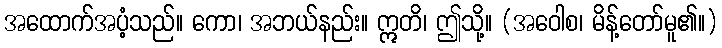
အထောက်အပံ့သည်။ ကော၊ အဘယ်နည်း။ ဣတိ၊ ဤသို့။ (အဝေါစ၊ မိန့်တော်မူ၏။)